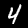
Digit: 4